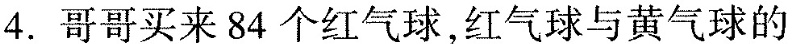
4. 哥哥买来84个红气球，红气球与黄气球的